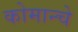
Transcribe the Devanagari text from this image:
कोमान्चे